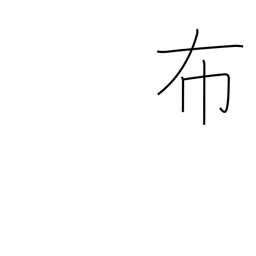
Meaning: spread